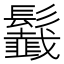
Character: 𩯶